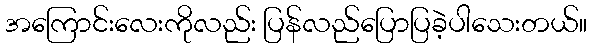
အကြောင်းလေးကိုလည်း ပြန်လည်ပြောပြခဲ့ပါသေးတယ်။